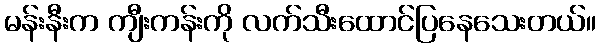
မန်းနီးက ကျီးကန်းကို လက်သီးထောင်ပြနေသေးတယ်။